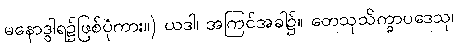
မနောဒွါရ၌ဖြစ်ပုံကား။) ယဒါ၊ အကြင်အခါ၌။ တေသုသိက္ခာပဒေသု၊